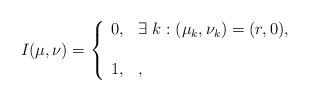
LaTeX: \begin{align*}I(\mu,\nu)=\left\{\begin{array}{ll}0, & \exists\ k : (\mu_k,\nu_k) = (r,0),\\ \\1, & , \end{array}\right.\end{align*}